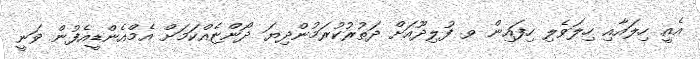
އެއީ ހިލައާއި ހިލަވެލި ހިފައިން ވ ފުލިދޫއަށް ދަތުރުކުރަމުންދިޔަ ދޯންޏެއްކަަމަށް އެމްއެންޑީއެފުން ވަނީ